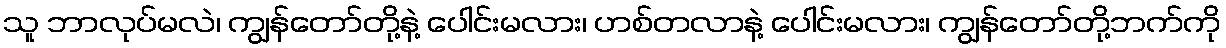
သူ ဘာလုပ်မလဲ၊ ကျွန်တော်တို့နဲ့ ပေါင်းမလား၊ ဟစ်တလာနဲ့ ပေါင်းမလား၊ ကျွန်တော်တို့ဘက်ကို